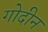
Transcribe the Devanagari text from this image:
गोदीन